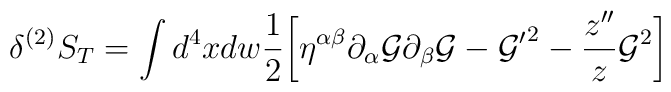
\delta^{(2)} S_{T} = \int d^4 x d w \frac{1}{2}\biggl[ \eta^{\alpha\beta} \partial_{\alpha} {\cal G} \partial_{\beta}{\cal G} - {{\cal G}'}^2- \frac{z''}{z} {\cal G}^2\biggr]